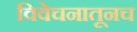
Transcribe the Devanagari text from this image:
विवेचनातूनच